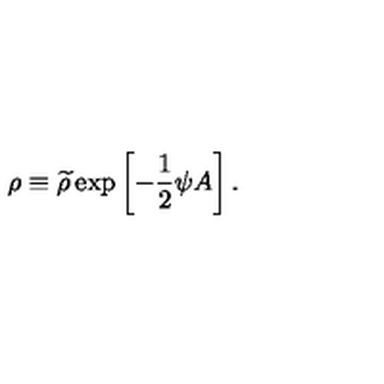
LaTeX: \rho \equiv { \widetilde \rho } \exp \left[ - { \frac { 1 } { 2 } } \psi A \right] .